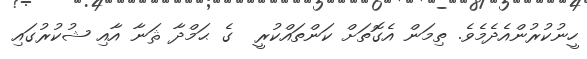
ހީނުކުރުންއެދެމެވެ. ތިމަން އެގޮތަށް ކަންތައްކުރީ  ގެ ޙަމްދާ ޘަނާ އާއި ޝުކުރުގައި